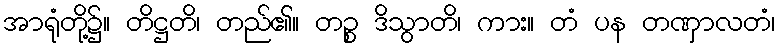
အာရုံတို့၌။ တိဋ္ဌတိ၊ တည်၏။ တဉ္စ ဒိသွာတိ၊ ကား။ တံ ပန တဏှာလတံ၊